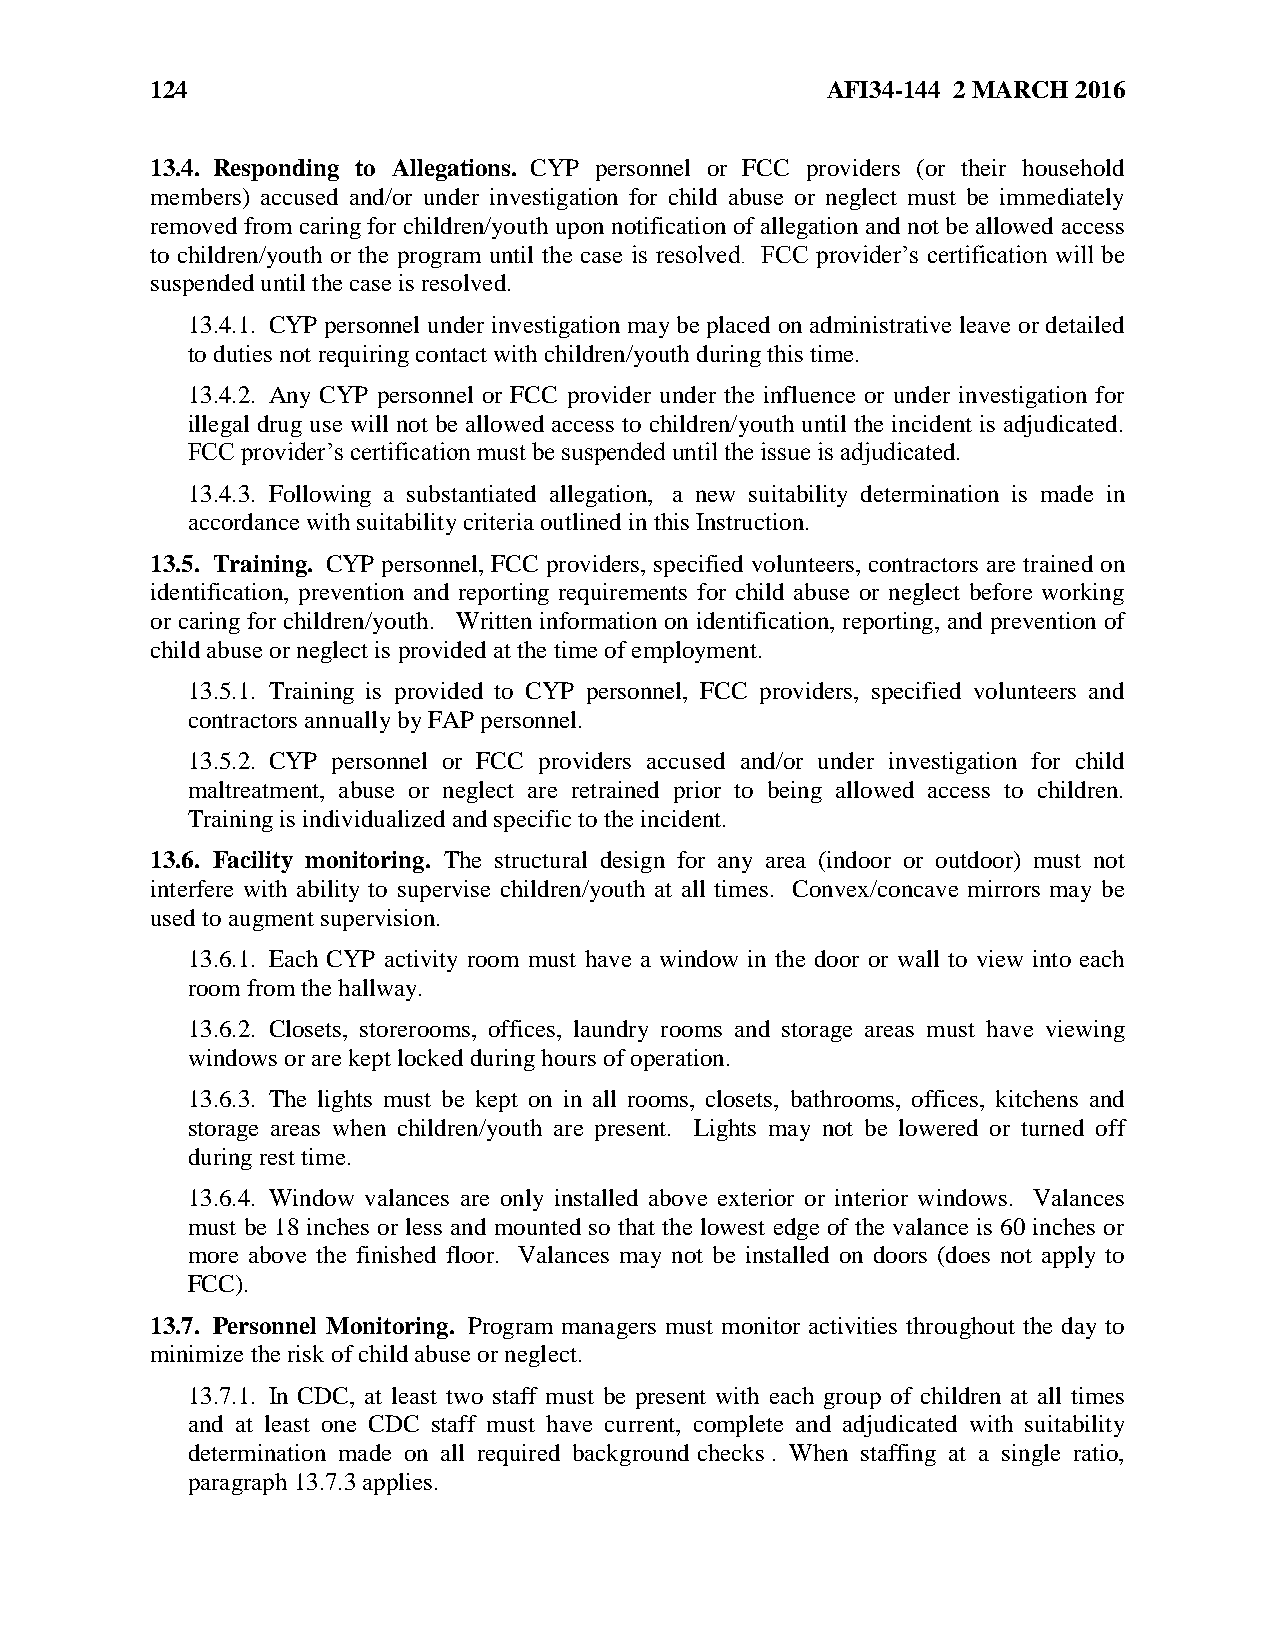
124                                          AFI34-144 2 MARCH 2016
 13.4. Responding to Allegations. CYP personnel or FCC providers (or their household
 members) accused and/or under investigation for child abuse or neglect must be immediately
 removed from caring for children/youth upon notification of allegation and not be allowed access
 to children/youth or the program until the case is resolved. FCC provider’s certification will be
 suspended until the case is resolved.
 13.4.1. CYP personnel under investigation may be placed on administrative leave or detailed
 to duties not requiring contact with children/youth during this time.
 13.4.2. Any CYP personnel or FCC provider under the influence or under investigation for
 illegal drug use will not be allowed access to children/youth until the incident is adjudicated.
 FCC provider’s certification must be suspended until the issue is adjudicated.
 13.4.3. Following a substantiated allegation, a new suitability determination is made in
 accordance with suitability criteria outlined in this Instruction.
 13.5. Training. CYP personnel, FCC providers, specified volunteers, contractors are trained on
 identification, prevention and reporting requirements for child abuse or neglect before working
 or caring for children/youth. Written information on identification, reporting, and prevention of
 child abuse or neglect is provided at the time of employment.
 13.5.1. Training is provided to CYP personnel, FCC providers, specified volunteers and
 contractors annually by FAP personnel.
 13.5.2. CYP personnel or FCC providers accused and/or under investigation for child
 maltreatment, abuse or neglect are retrained prior to being allowed access to children.
 Training is individualized and specific to the incident.
 13.6. Facility monitoring. The structural design for any area (indoor or outdoor) must not
 interfere with ability to supervise children/youth at all times. Convex/concave mirrors may be
 used to augment supervision.
 13.6.1. Each CYP activity room must have a window in the door or wall to view into each
 room from the hallway.
 13.6.2. Closets, storerooms, offices, laundry rooms and storage areas must have viewing
 windows or are kept locked during hours of operation.
 13.6.3. The lights must be kept on in all rooms, closets, bathrooms, offices, kitchens and
 storage areas when children/youth are present. Lights may not be lowered or turned off
 during rest time.
 13.6.4. Window valances are only installed above exterior or interior windows. Valances
 must be 18 inches or less and mounted so that the lowest edge of the valance is 60 inches or
 more above the finished floor. Valances may not be installed on doors (does not apply to
 FCC).
 13.7. Personnel Monitoring. Program managers must monitor activities throughout the day to
 minimize the risk of child abuse or neglect.
 13.7.1. In CDC, at least two staff must be present with each group of children at all times
 and at least one CDC staff must have current, complete and adjudicated with suitability
 determination made on all required background checks . When staffing at a single ratio,
 paragraph 13.7.3 applies.